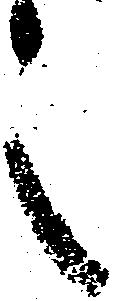
々